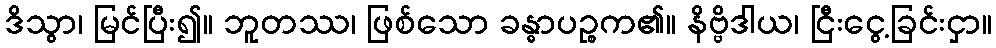
ဒိသွာ၊ မြင်ပြီး၍။ ဘူတဿ၊ ဖြစ်သော ခန္ဓာပဉ္စက၏။ နိဗ္ဗိဒါယ၊ ငြီးငွေ့ခြင်းငှာ။